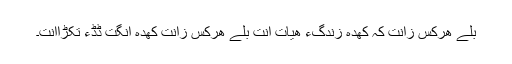
بِلّے ھرکس زانت کہ کھدہ زندگءُُ ھیات اِنت بلّے ھرکس زانت کھدہ انگت ڈڈءُُ تکڑااِنت۔